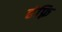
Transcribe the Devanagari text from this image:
हंफ़्रि